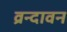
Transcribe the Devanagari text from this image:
व्रन्दावन